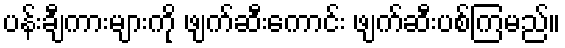
ပန်းချီကားများကို ဖျက်ဆီးကောင်း ဖျက်ဆီးပစ်ကြမည်။